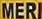
MERI